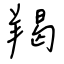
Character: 羯